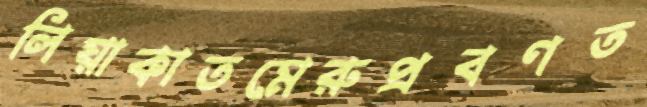
লিয়াকাতমেরুপ্রবণত